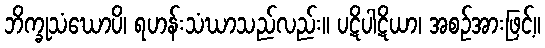
ဘိက္ခုသံဃောပိ၊ ရဟန်းသံဃာသည်လည်း။ ပဋိပါဋိယာ၊ အစဉ်အားဖြင့်။